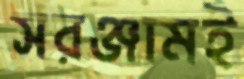
সরঞ্জামই